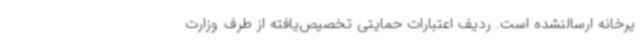
یرخانه ارسالنشده است. ردیف اعتبارات حمایتی تخصیص‌یافته از طرف وزارت